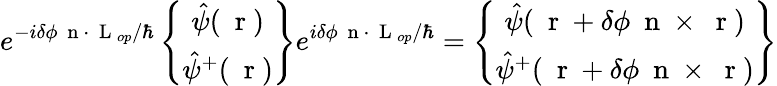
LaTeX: e^{-i\delta\phi\mathrm{~\mathbf~n~}\cdot\mathrm{~\mathbf~L~}_{op}/\hbar}\left\{ \begin{array}{c}{\hat{\psi}(\mathrm{~\mathbf~r~})}\\ {\hat{\psi}^{+}(\mathrm{~\mathbf~r~})}\end{array}\right\} e^{i\delta\phi\mathrm{~\mathbf~n~}\cdot\mathrm{~\mathbf~L~}_{op}/\hbar}=\left\{ \begin{array}{c}{\hat{\psi}(\mathrm{~\mathbf~r~}+\delta\phi\mathrm{~\mathbf~n~}\times\mathrm{~\mathbf~r~})}\\ {\hat{\psi}^{+}(\mathrm{~\mathbf~r~}+\delta\phi\mathrm{~\mathbf~n~}\times\mathrm{~\mathbf~r~})}\end{array}\right\}